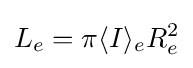
L_{e}=\pi \langle I\rangle _{e}R_{e}^{2}